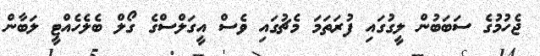
ޖެހުމުގެ ސަބަބުން ލީގުގައި ފުރަތަމަ މެޗުގައި ވެސް އީގަލްސްގެ ގޯލް ބެލެހެއްޓީ ލަބާން